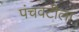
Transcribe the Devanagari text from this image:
पंचवटीला